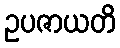
ဥပဇာယတိ